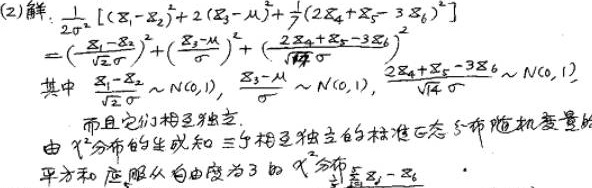
解：
\[
\frac{1}{2\sigma^{2}}[(X_{1}-X_{2})^{2}+2(X_{3}-\mu)^{2}+\frac{1}{7}(2X_{4}+X_{5}-3X_{6})^{2}]=\left(\frac{X_{1}-X_{2}}{\sqrt{2}\sigma}\right)^{2}+\left(\frac{X_{3}-\mu}{\sigma}\right)^{2}+\left(\frac{2X_{4}+X_{5}-3X_{6}}{\sqrt{14}\sigma}\right)^{2}
\]
其中 \(\frac{X_{1}-X_{2}}{\sqrt{2}\sigma}\sim N(0,1)\)，\(\frac{X_{3}-\mu}{\sigma}\sim N(0,1)\)，\(\frac{2X_{4}+X_{5}-3X_{6}}{\sqrt{14}\sigma}\sim N(0,1)\)。而且它们相互独立。由 \(\chi^{2}\)分布的生成知，三个相互独立的标准正态分布随机变量的平方和应服从自由度为3的\(\chi^{2}\)分布。